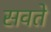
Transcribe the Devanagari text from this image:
सवते